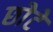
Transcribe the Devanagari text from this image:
छोेटे